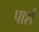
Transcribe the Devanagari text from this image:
पाशं